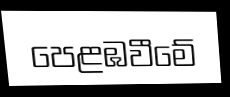
පෙළඹවීමේ